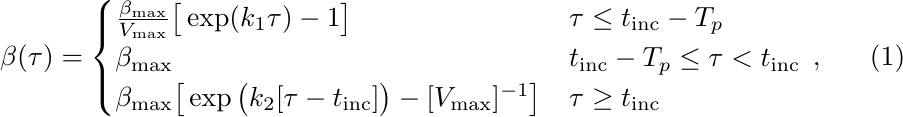
\begin{equation}\label{eq:infectivity}
\beta(\tau)  =
 \begin{cases}
     \frac{\beta_{\text{max}}}{V_{\text{max}}} \big[\exp(k_{1}\tau) - 1\big] & \tau\leq t_{\text{inc}} - T_{p} \\
      \beta_{\text{max}} & t_{\text{inc}} - T_p \leq \tau < t_{\text{inc}}\\
      \beta_{\text{max}}\big[\exp\big(k_{2}[\tau-t_{\text{inc}}]\big) - [V_{\text{max}}]^{-1}\big] & \tau \geq t_{\text{inc}}
   \end{cases}\,,
\end{equation}